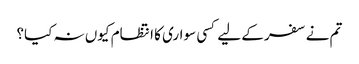
تم نے سفر کے لیے کسی سواری کا انتظام کیوں نہ کیا؟